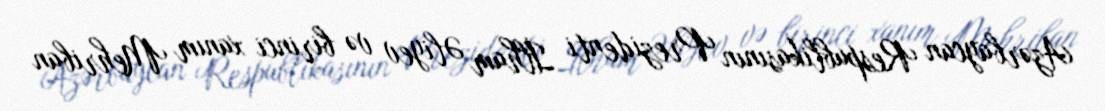
Azərbaycan Respublikasının Prezidenti İlham Əliyev və birinci xanım Mehriban